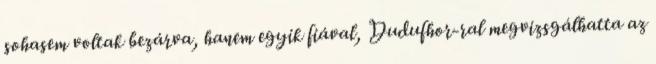
sohasem voltak bezárva, hanem egyik fiával, Dudufhor-ral megvizsgálhatta az